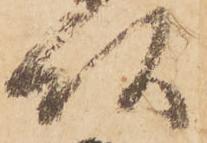
頭